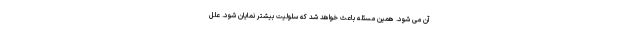
آن می شود. همین مسئله باعث خواهد شد که سلولیت بیشتر نمایان شود. علل